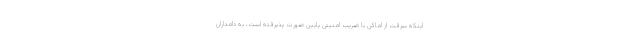
اینکه سرقت از اماکن با ضریب امنیتی پایین صورت پذیرفته است، به دامداران